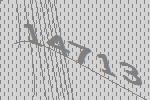
14713